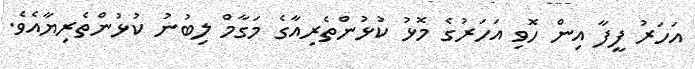
އަހަރު ފީފާ އިން ހޮވި އަހަރުގެ މޮޅު ކުޅުންތެރިއާގެ މަގާމް ލިބުނު ކުޅުންތެރިޔާއެވެ.